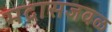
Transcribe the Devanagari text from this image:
मद्रासजवळ